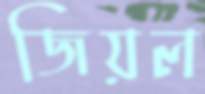
জিয়ল